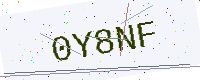
Text: 0Y8NF